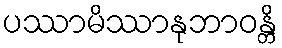
ပဿာမိဿာနုဘာဝန္တိ